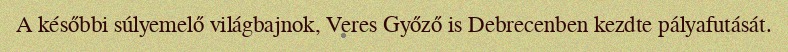
A későbbi súlyemelő világbajnok, Veres Győző is Debrecenben kezdte pályafutását.